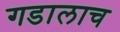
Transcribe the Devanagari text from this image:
गडालाच